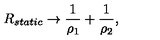
R _ { s t a t i c } \rightarrow \frac { 1 } { \rho _ { 1 } } + \frac { 1 } { \rho _ { 2 } } ,